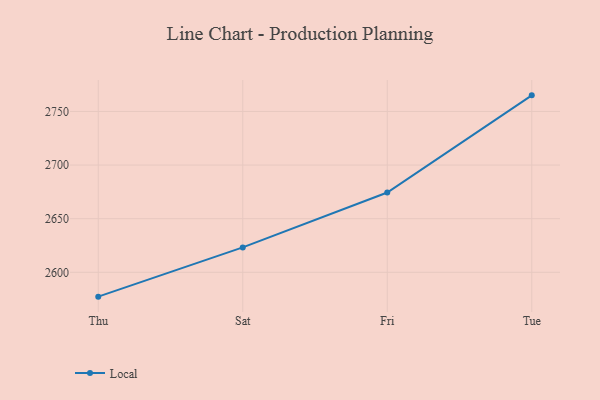
{"axis": {"x": "Day", "y": "Churn Rate (%)"}, "legend": ["Local"], "data": [{"x": "Thu", "y": 2577.3, "type": "Local"}, {"x": "Sat", "y": 2623.2, "type": "Local"}, {"x": "Fri", "y": 2674.4, "type": "Local"}, {"x": "Tue", "y": 2765.0, "type": "Local"}]}